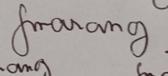
Signature authenticity: genuine